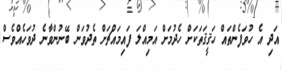
އަދި އެ ހުވަފެންތައް ހަޤީޤަތަކަށް ހެދުމަށް އަމިއްލަ ފައިމައްޗަށް ތެދުވަން ބޭނުންވާނެ ދުވަހެއްވެސް